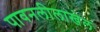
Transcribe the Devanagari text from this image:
पावनलीलाखेल